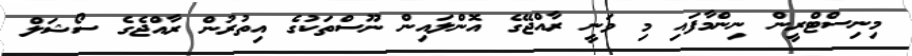
މިނިސްޓްރީން ނިންމާފައި މި ވަނީ ރާއްޖޭގެ އޮންލައިން ނޫސްތަކުގެ އިތުރުން ރާއްޖެގެ ސޯޝަލް